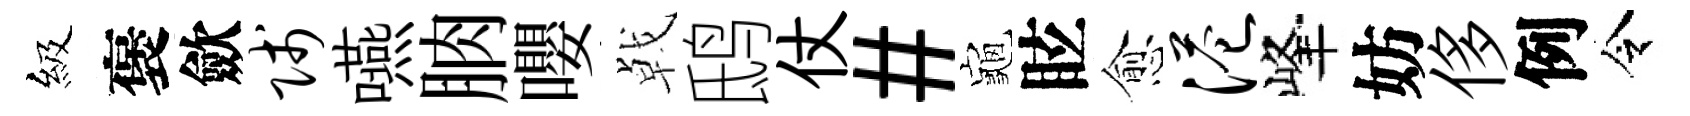
級褒歛贱嚥朒嚶㦸鸱仗#龜眩愈港峰妨侈例令